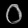
Digit: ၀